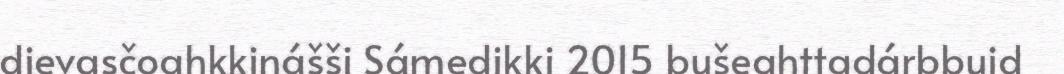
dievasčoahkkinášši Sámedikki 2015 bušeahttadárbbuid